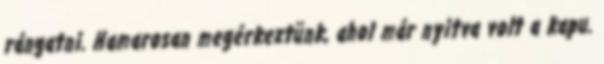
rángatni. Hamarosan megérkeztünk, ahol már nyitva volt a kapu.